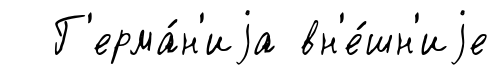
Г'ерма́н'иjа вн'е́шн'иjе